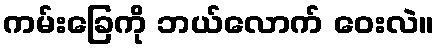
ကမ်းခြေကို ဘယ်လောက် ဝေးလဲ။